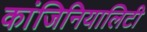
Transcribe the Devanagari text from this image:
कांजिनियालिटी